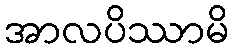
အာလပိဿာမိ